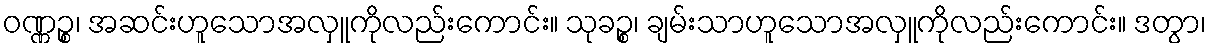
ဝဏ္ဏဉ္စ၊ အဆင်းဟူသောအလှူကိုလည်းကောင်း။ သုခဉ္စ၊ ချမ်းသာဟူသောအလှူကိုလည်းကောင်း။ ဒတွာ၊